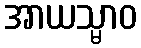
အာယသ္မာဝ